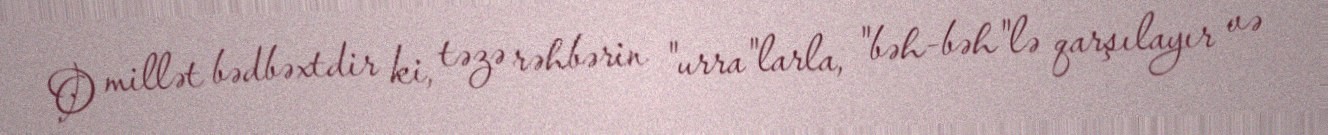
O millət bədbəxtdir ki, təzə rəhbərin "urra"larla, "bəh-bəh"lə qarşılayır və